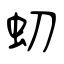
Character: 虭